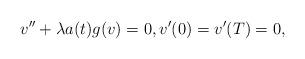
LaTeX: \begin{align*}v'' + \lambda a(t) g(v) = 0, v'(0) = v'(T) = 0,\end{align*}